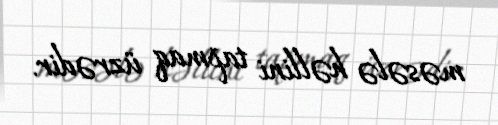
məsələ həllini tapmaq üzrədir.